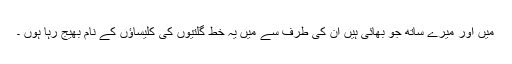
میں اور میرے ساتھ جو بھائی ہیں ان کی طرف سے میں یہ خط گلتیوں کی کلیساؤں کے نام بھیج رہا ہوں ۔